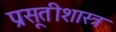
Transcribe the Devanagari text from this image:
प्रसूतीशास्त्र